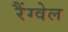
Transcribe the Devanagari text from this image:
रैंग्वेल